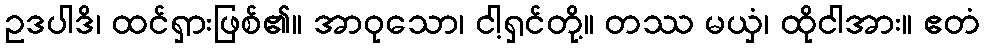
ဥဒပါဒိ၊ ထင်ရှားဖြစ်၏။ အာဝုသော၊ ငါ့ရှင်တို့။ တဿ မယှံ၊ ထိုငါအား။ ဧတံ